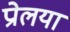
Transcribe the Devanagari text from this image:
प्रोलया